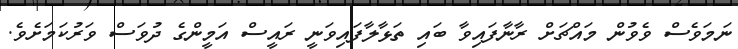
ނަމަވެސް ވެވުން މައްޗަށް ރާނާފައިވާ ބައި ތަޅާލާފައިވަނީ ރައީސް އަމީންގެ ދުވަސް ވަރުކަމަށެވެ.